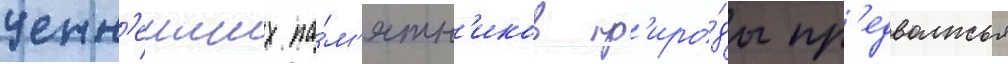
ценн'еиших па́м'ятн'иков пр'иро́ды пр'едволжья